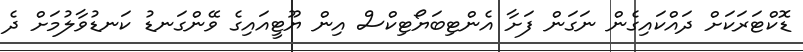
ޑޮކްޓަރަކަށް ދައްކައިގެން ނަގަން ފަށާ އެންޓިބަޔޯޓިކްސް އިން ޔޫޓީއައިގެ ވޭންގަނޑު ކަނޑުވާލުމަށް ދެ